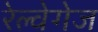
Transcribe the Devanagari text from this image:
रेल्वेगेज